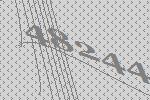
48244